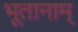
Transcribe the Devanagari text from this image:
भूतानाम्